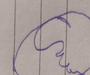
Signature authenticity: forged